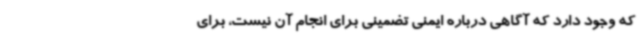
که وجود دارد که آگاهی درباره ایمنی تضمینی برای انجام آن نیست، برای